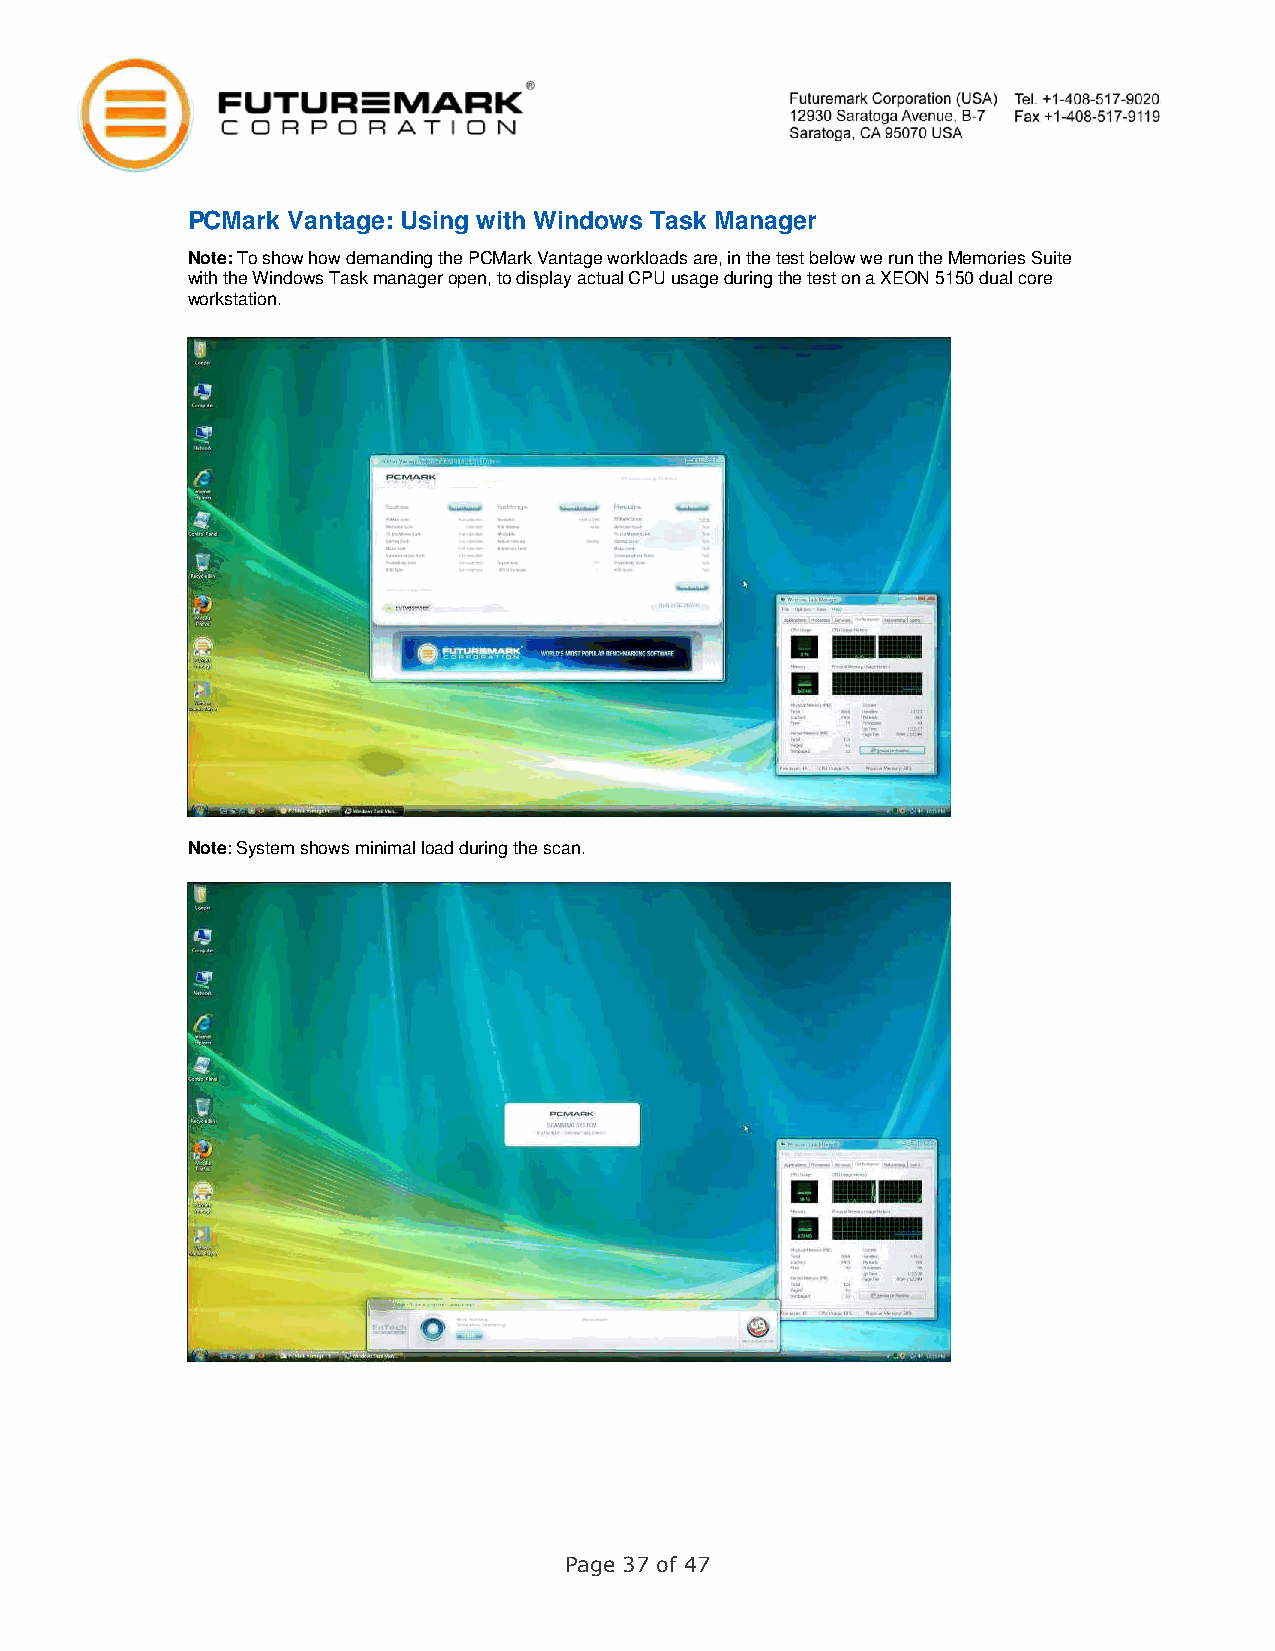
PCMark Vantage: Using with Windows Task Manager
 Note: To show how demanding the PCMark Vantage workloads are, in the test below we run the Memories Suite
 with the Windows Task manager open, to display actual CPU usage during the test on a XEON 5150 dual core
 workstation.
 Note: System shows minimal load during the scan.
 Page 37 of 47